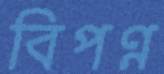
বিপণ্ন